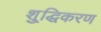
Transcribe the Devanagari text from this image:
शु्द्धिकरण